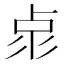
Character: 𠧳